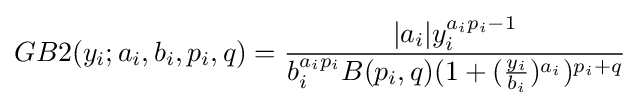
GB2(y_{i};a_{i},b_{i},p_{i},q)={\frac {|a_{i}|y_{i}^{a_{i}p_{i}-1}}{b_{i}^{a_{i}p_{i}}B(p_{i},q)(1+({\frac {y_{i}}{b_{i}}})^{a_{i}})^{p_{i}+q}}}